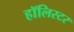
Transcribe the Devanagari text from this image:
हॉलिस्टर